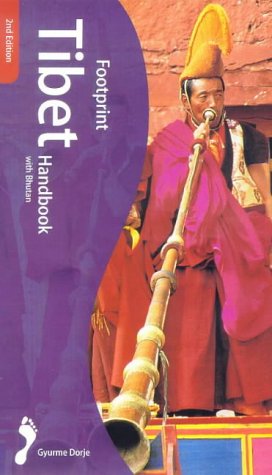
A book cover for Footprint Tibet Handbook : The Travel Guide; Gyurme Dorje; Travel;